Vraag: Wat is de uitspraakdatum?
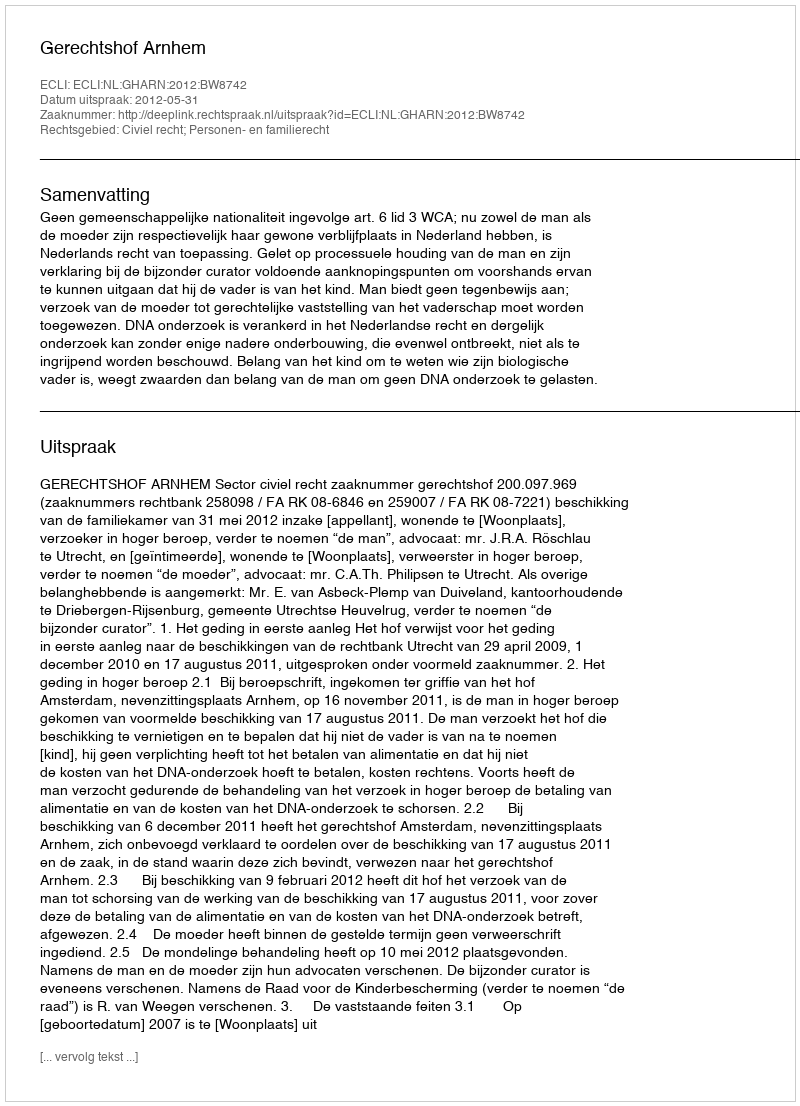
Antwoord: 2012-05-31